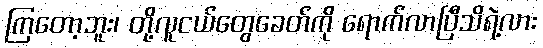
ကြတော့ဘူး၊ တို့လူငယ်တွေခေတ်ကို ရောက်လာပြီသိရဲ့လား